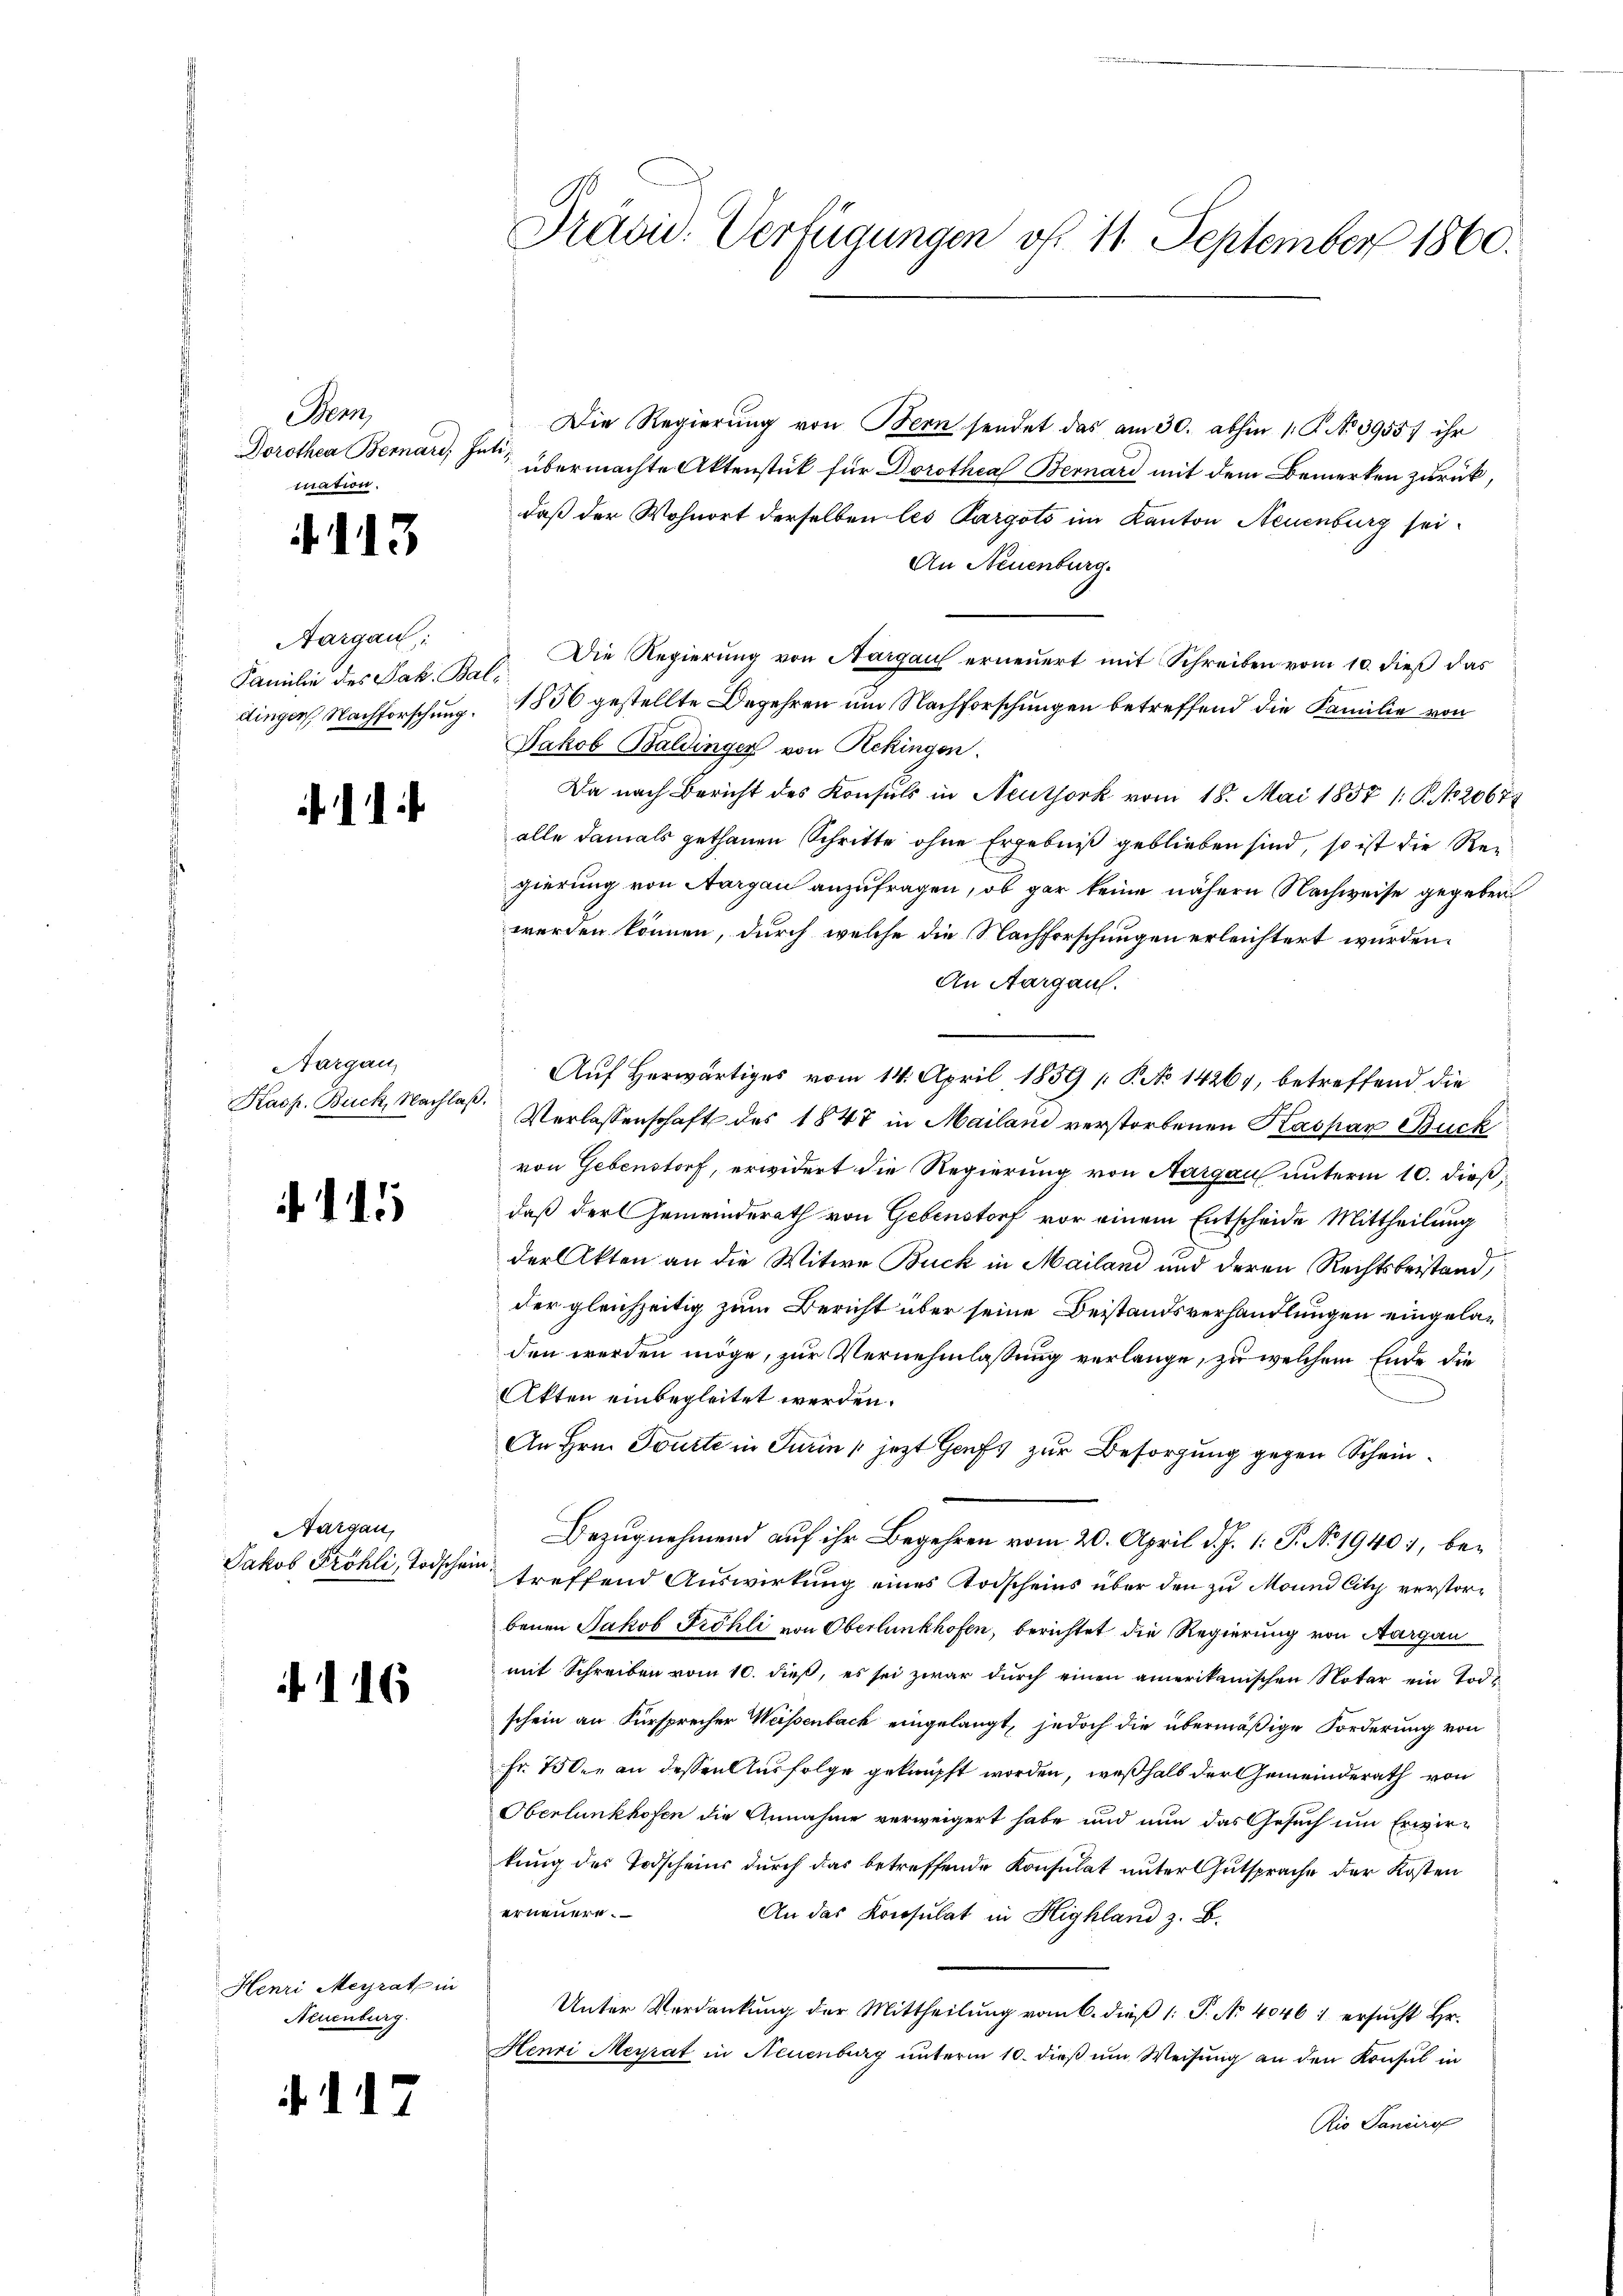
Benn
Dorothea Bernard, Intimation.

.113

Aargau:
Familie des Jak. Bal¬

.

Aargau,
Kasp. Buck, Nachlaß

.

Aargau,
Jakob Fröhli, Todschei

.116

Henri Meyrat in
Neuenburg.

. d. 17

Die Regierung von Bern sendet das am 30. abhin 10. No 3955) ihr
übermachte Aktenstück für Dorothea Bernard mit dem Bemerken zurück,
daß der Wohnort derselben les Pargots im Kanton Neuenburg sei¬
An Neuenburg.
Die Regierung von Aargau erneuert mit Schreiben vom 10. dieß das
dinger Nachforschung. 1836 gestellte Begehren um Nachforschungen betreffend die Familie von
Jakob Baldinger von Rekingen.
Da nach Bericht des Konsuls in Neuthork vom 18. Mai 1857 1: P. Nr. 20678
alle damals gethanen Schritte ohne Ergebniß geblieben sind, so ist die Regierung von Aargau anzufragen, ob gar keine nähern Nachweise gegeben
werden können, durch welche die Nachforschungen erleichtert wurden.
An Aargau.
Verlassenschaft des 1847 in Mailani verstorbenen Kaspar Buck
von Gebenstorf, erwidert die Regierung von Aargau unterm 10. dieß,
daß der Gemeinderath von Gebenstorf vor einem Entscheide Mittheilung
der Akten an die Witwe Buck in Mailand und deren Rechtsbestand,
der gleichzeitig zum Bericht über seine Beistandsverhandlungen eingeladen werden möge, zur Vernehmlassung verlange, zu welchem Ende die
Akten einbegleitet werden.
An Hrn. Tourte in Turin (jetzt Gaufs zur Besorgung gegen Schein¬
Bezugnehmend auf ihr Begehren vom 20. April d. J. 1: P. No. 1940, beie
treffend Auswirkung eines Todscheins über den zu Mound City verstorbenen Jakob Fröhli von Oberlunkhofen, berichtet die Regierung von Aargau
mit Schreiben vom 10. dieß, es sei zwar durch einen amerikanischen Notar ein Tode
schein an Fürsprecher Weisenbach eingelangt, jedoch die übermäßige Forderung von
Fr. 750. an dessen Ausfolge geknüpft worden, weßhalb der Gemeinderath von
Oberlunkhofen die Annahme verweigert habe und nun das Gesuch um Erwirkung des Todscheins durch das betreffende Konsulat untergutsprache der Kosten
erneuere.
An das Konsulat in Highland z. B.
Unter Verdankŭng der Mittheilŭng vom 6. dieβ 1: P. No 4046 1 ersŭcht Hr.
Henri Meyrat in Neuenburg unterm 10. dieß um Weisung an den Konsul in
Rio Sancire

1
Pravid. Verfügungen vf. 11. September 1860.

Auf Herwärtiges vom 14. April 1859 [ P. No 14264, betreffend die